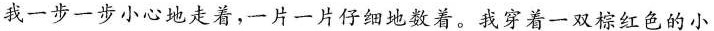
我一步一步小心地走着，一片一片仔细地数着。我穿着一双棕红色的小